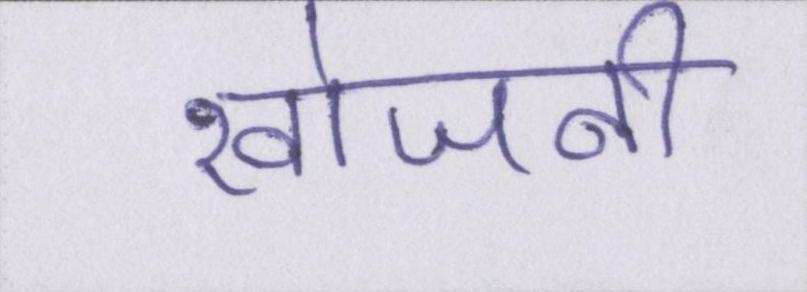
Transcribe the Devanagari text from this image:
खोजनी